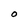
Character: O